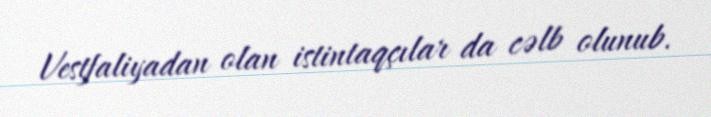
Vestfaliyadan olan istintaqçılar da cəlb olunub.